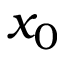
x _ { 0 }